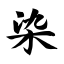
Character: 染